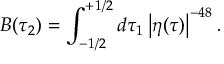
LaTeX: B ( \tau _ { 2 } ) = \int _ { - 1 / 2 } ^ { + 1 / 2 } d \tau _ { 1 } \left| \eta ( \tau ) \right| ^ { - 4 8 } .